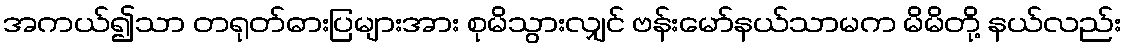
အကယ်၍သာ တရုတ်ဓားပြများအား စုမိသွားလျှင် ဗန်းမော်နယ်သာမက မိမိတို့ နယ်လည်း